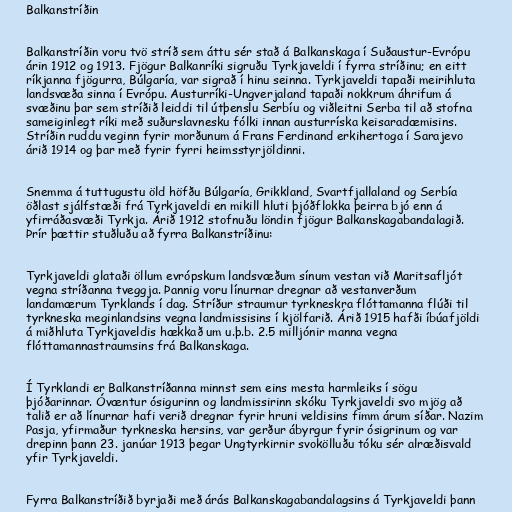
Balkanstríðin

Balkanstríðin voru tvö stríð sem áttu sér stað á Balkanskaga í Suðaustur-Evrópu
árin 1912 og 1913. Fjögur Balkanríki sigruðu Tyrkjaveldi í fyrra stríðinu; en eitt
ríkjanna fjögurra, Búlgaría, var sigrað í hinu seinna. Tyrkjaveldi tapaði meirihluta
landsvæða sinna í Evrópu. Austurríki-Ungverjaland tapaði nokkrum áhrifum á
svæðinu þar sem stríðið leiddi til útþenslu Serbíu og viðleitni Serba til að stofna
sameiginlegt ríki með suðurslavnesku fólki innan austurríska keisaradæmisins.
Stríðin ruddu veginn fyrir morðunum á Frans Ferdinand erkihertoga í Sarajevo
árið 1914 og þar með fyrir fyrri heimsstyrjöldinni.

Snemma á tuttugustu öld höfðu Búlgaría, Grikkland, Svartfjallaland og Serbía
öðlast sjálfstæði frá Tyrkjaveldi en mikill hluti þjóðflokka þeirra bjó enn á
yfirráðasvæði Tyrkja. Árið 1912 stofnuðu löndin fjögur Balkanskagabandalagið.
Þrír þættir stuðluðu að fyrra Balkanstríðinu:

Tyrkjaveldi glataði öllum evrópskum landsvæðum sínum vestan við Maritsafljót
vegna stríðanna tveggja. Þannig voru línurnar dregnar að vestanverðum
landamærum Tyrklands í dag. Stríður straumur tyrkneskra flóttamanna flúði til
tyrkneska meginlandsins vegna landmissisins í kjölfarið. Árið 1915 hafði íbúafjöldi
á miðhluta Tyrkjaveldis hækkað um u.þ.b. 2.5 milljónir manna vegna
flóttamannastraumsins frá Balkanskaga.

Í Tyrklandi er Balkanstríðanna minnst sem eins mesta harmleiks í sögu
þjóðarinnar. Óvæntur ósigurinn og landmissirinn skóku Tyrkjaveldi svo mjög að
talið er að línurnar hafi verið dregnar fyrir hruni veldisins fimm árum síðar. Nazim
Pasja, yfirmaður tyrkneska hersins, var gerður ábyrgur fyrir ósigrinum og var
drepinn þann 23. janúar 1913 þegar Ungtyrkirnir svokölluðu tóku sér alræðisvald
yfir Tyrkjaveldi.

Fyrra Balkanstríðið byrjaði með árás Balkanskagabandalagsins á Tyrkjaveldi þann